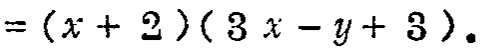
$=(x + 2)(3x - y + 3).$